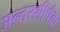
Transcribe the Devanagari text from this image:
अन्तरशीर्षक